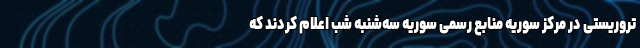
تروریستی در مرکز سوریه منابع رسمی سوریه سه‌شنبه شب اعلام کردند که